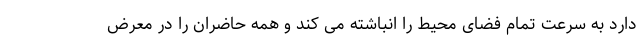
دارد به سرعت تمام فضای محیط را انباشته می کند و همه حاضران را در معرض